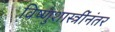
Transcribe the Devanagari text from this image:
विष्णुशास्त्रींनंतर